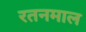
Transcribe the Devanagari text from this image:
रतनमाल